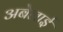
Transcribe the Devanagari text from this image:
अबेलाई